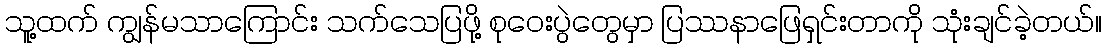
သူ့ထက် ကျွန်မသာကြောင်း သက်သေပြဖို့ စုဝေးပွဲတွေမှာ ပြဿနာဖြေရှင်းတာကို သုံးချင်ခဲ့တယ်။